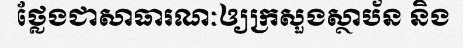
ថ្លែងជាសាធារណៈឲ្យក្រសួងស្ថាប័ន និង